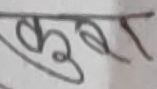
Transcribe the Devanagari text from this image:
कुरा